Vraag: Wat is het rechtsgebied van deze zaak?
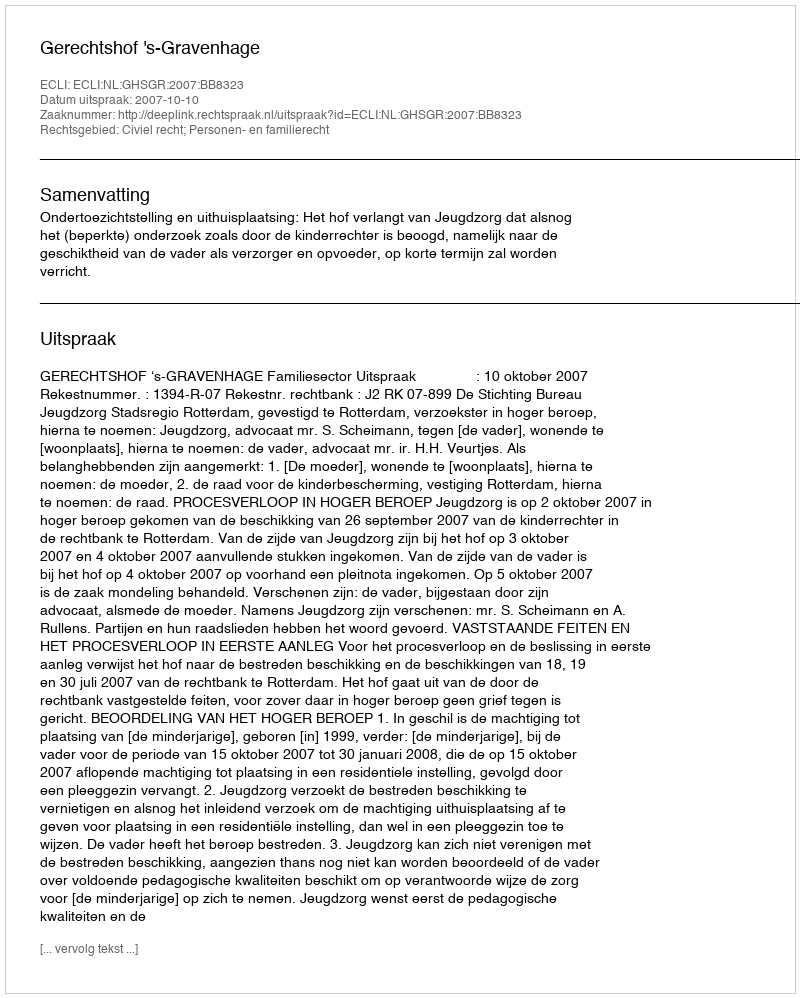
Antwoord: Civiel recht; Personen- en familierecht